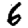
Digit: 6